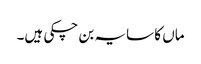
ماں کا سایہ بن چکی ہیں۔